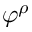
\varphi ^ { \rho }